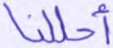
أحللنا